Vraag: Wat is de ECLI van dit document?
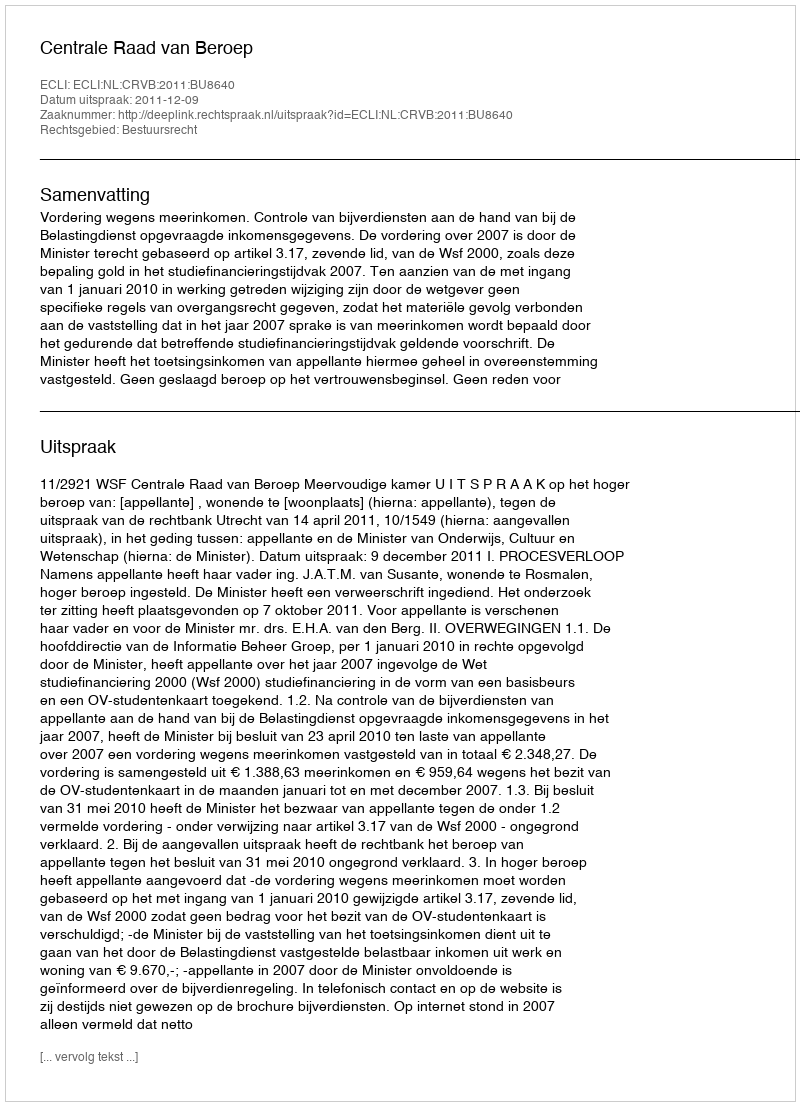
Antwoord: ECLI:NL:CRVB:2011:BU8640